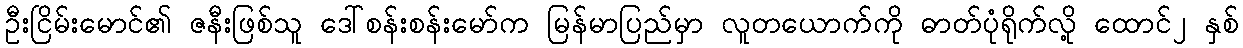
ဦးငြိမ်းမောင်၏ ဇနီးဖြစ်သူ ဒေါ်စန်းစန်းမော်က မြန်မာပြည်မှာ လူတယောက်ကို ဓာတ်ပုံရိုက်လို့ ထောင်၂ နှစ်